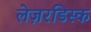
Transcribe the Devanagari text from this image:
लेज़रडिस्क